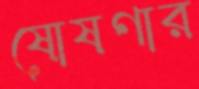
ষোষণার